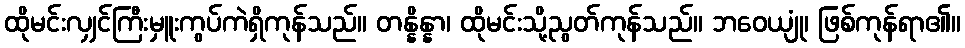
ထိုမင်းလျှင်ကြီးမှူးကွပ်ကဲရှိကုန်သည်။ တန္နိန္နာ၊ ထိုမင်းသို့ညွတ်ကုန်သည်။ ဘဝေယျုံ၊ ဖြစ်ကုန်ရာ၏။